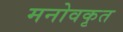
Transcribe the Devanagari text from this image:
मनोवकृत